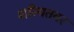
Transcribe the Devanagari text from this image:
शरियतवर